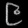
Digit: ၉